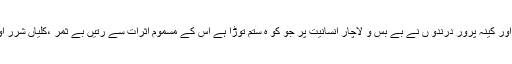
ابن الوقت ،مفاد پرست ،دروغ گو اور کینہ پرور درندو ں نے بے بس و لاچار انسانیت پر جو کو ہ ستم توڑا ہے اس کے مسموم اثرات سے رتیں بے ثمر ،کلیاں شرر اور آہیں بے اثر ہو کر رہ گئی ہیں۔